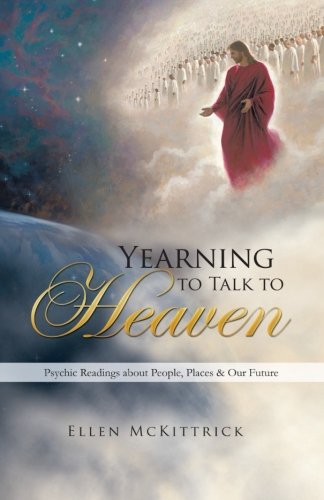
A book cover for Yearning to Talk to Heaven: Psychic Readings About People, Places & Our Future; Ellen McKittrick; Religion & Spirituality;